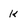
Character: k